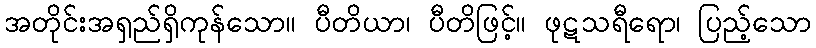
အတိုင်းအရှည်ရှိကုန်သော။ ပီတိယာ၊ ပီတိဖြင့်။ ဖုဋသရီရော၊ ပြည့်သော